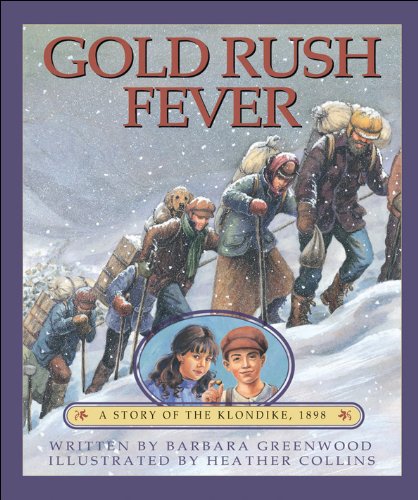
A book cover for Gold Rush Fever: A Story of the Klondike, 1898; Barbara Greenwood; Children's Books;